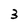
Character: 3